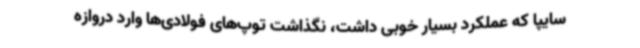
سایپا که عملکرد بسیار خوبی داشت، نگذاشت توپ‌های فولادی‌ها وارد دروازه